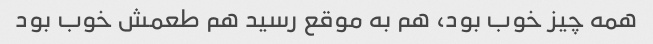
همه چیز خوب بود، هم به موقع رسید هم طعمش خوب بود